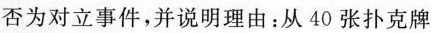
否为对立事件，并说明理由：从 40 张扑克牌